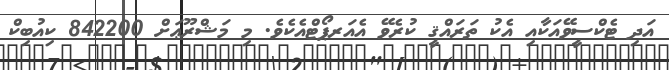
އަދި ޓެކްސީވޭއަކާއި އެކު ތަރައްޤީ ކުރެވޭ އެއަރޕޯޓްއެކެވެ. މި މަޝްރޫޢަށް 842200 ކިއުބިކް